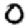
Digit: 0